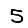
Digit: 5